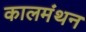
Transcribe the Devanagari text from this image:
कालमंथन